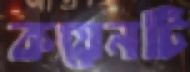
কয়েনটি